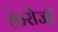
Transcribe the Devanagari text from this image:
केरोजी